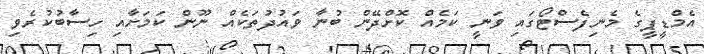
އެމްޑީޕީގެ މެނިފެސްޓޯގައި ވަނީ ކަމެއް ކޮށްދޭން ބުނާ ވައުދުތަކެއް ނޫން ކަމަށާއި ހިސާބުކުރެވި